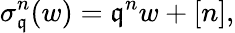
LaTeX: \sigma_{\mathfrak{q}}^{n}(w)=\mathfrak{q}^{n}w+[n],